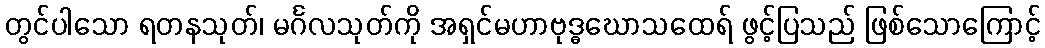
တွင်ပါသော ရတနသုတ်၊ မင်္ဂလသုတ်ကို အရှင်မဟာဗုဒ္ဓဃောသထေရ် ဖွင့်ပြသည် ဖြစ်သောကြောင့်